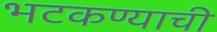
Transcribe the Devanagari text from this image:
भटकण्याची